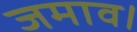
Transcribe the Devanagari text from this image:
जमाव।